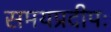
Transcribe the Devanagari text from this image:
समयप्रदीपः